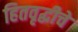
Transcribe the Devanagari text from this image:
हितवृद्धीचे